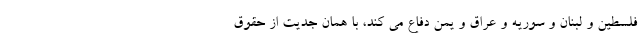
فلسطین و لبنان و سوریه و عراق و یمن دفاع می کند، با همان جدیت از حقوق